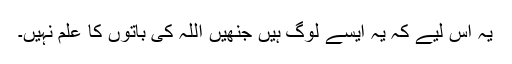
یہ اس لیے کہ یہ ایسے لوگ ہیں جنھیں اللہ کی باتوں کا علم نہیں۔